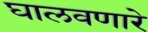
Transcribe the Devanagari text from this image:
घालवणारे